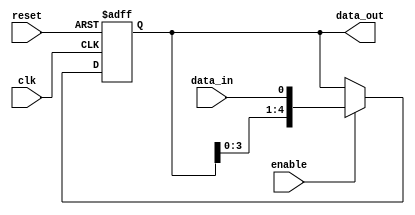
`timescale 1ns / 1ps
//////////////////////////////////////////////////////////////////////////////////
// Company: 
// Engineer: 
// 
// Design Name: 
// Module Name: shift_reg
// Project Name: 
// Target Devices: 
// Tool Versions: 
// Description: 
// 
// Dependencies: 
// 
// Revision:
// Revision 0.01 - File Created
// Additional Comments:
// 
//////////////////////////////////////////////////////////////////////////////////



module shift_reg 
(
  input wire clk, 
  input wire reset, 
  input wire data_in, 
  input wire enable,
  output reg [4:0] data_out 
); 
 

always @(posedge clk or posedge reset) begin 
  if (reset) begin 
    data_out <= 5'b00000; 
  end 
  else if(enable) begin 
      data_out <= {data_out[3:0], data_in}; 
    end 
end 
 
endmodule